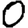
Digit: 0